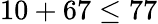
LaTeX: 10+67\leq 77